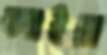
আইরা